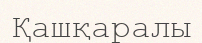
Қашқаралы